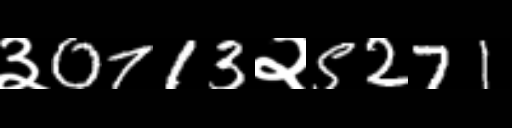
Text: ३0713२5271